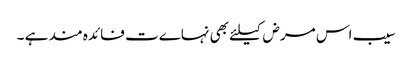
سیب اس مرض کیلئے بھی نہاےت فائدہ مند ہے ۔